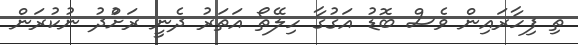
ތި ފިހާރައިން ވެސް ބޮޑު އަގުގާ ހިލޭތޯ އަތަރު ދެނީ ރަށްުދު ނުކުރަން